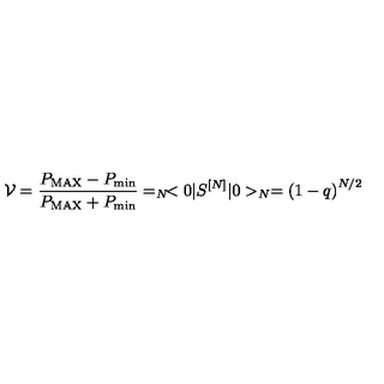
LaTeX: { \cal V } = \frac { P _ { \mathrm { M A X } } - P _ { \mathrm { m i n } } } { P _ { \mathrm { M A X } } + P _ { \mathrm { m i n } } } = _ { N } \! < 0 \vert S ^ { [ N ] } \vert 0 > _ { N } = \left( 1 - q \right) ^ { N / 2 }